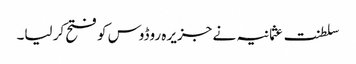
سلطنت عثمانیہ نے جزیرہ روڈوس کو فتح کر لیا۔